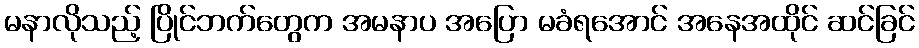
မနာလိုသည့် ပြိုင်ဘက်တွေက အမနာပ အပြော မခံရအောင် အနေအထိုင် ဆင်ခြင်